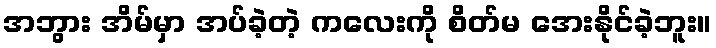
အဘွား အိမ်မှာ အပ်ခဲ့တဲ့ ကလေးကို စိတ်မ အေးနိုင်ခဲ့ဘူး။